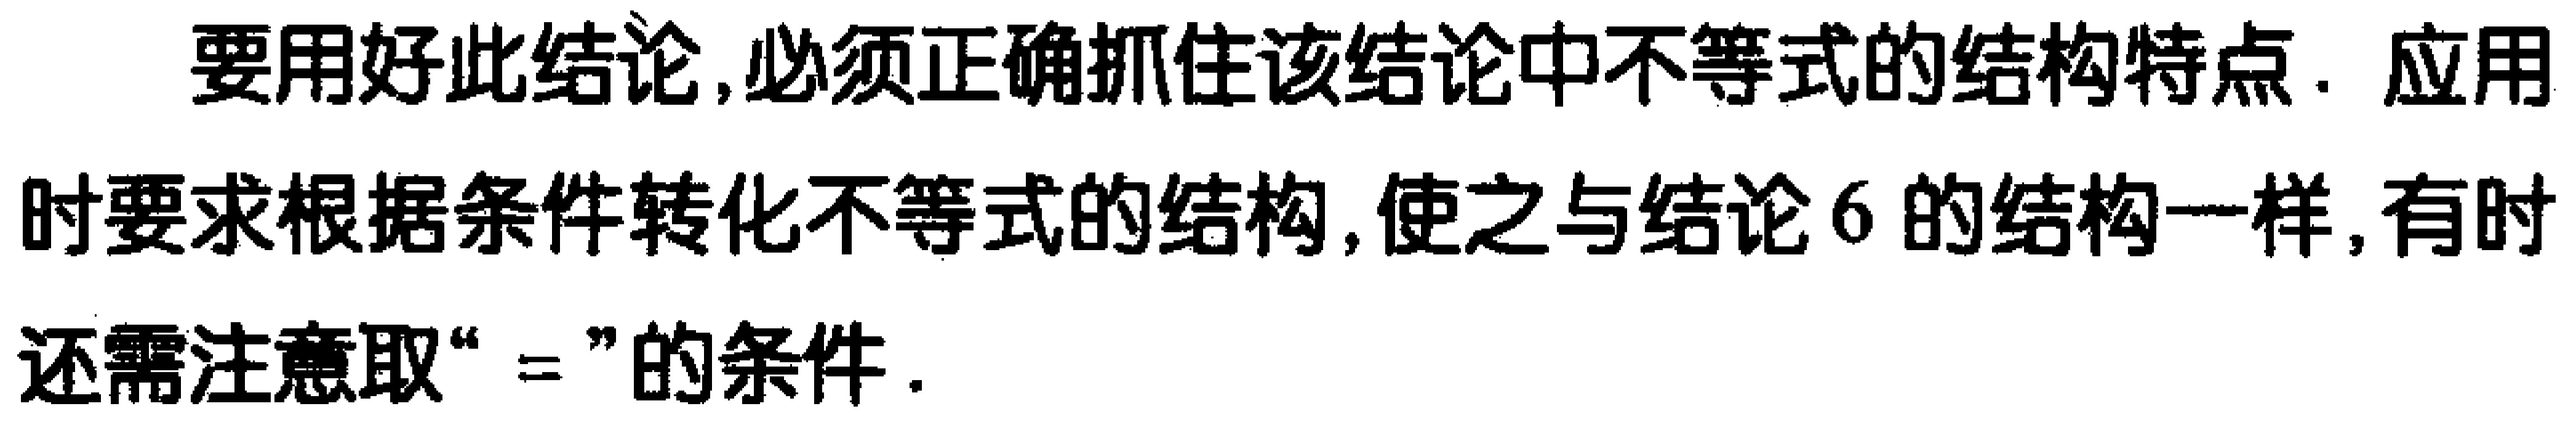
要 用 好 此 结 论 , 必 须 正 确 抓 住 该 结 论 中 不 等 式 的 结 构 特 点 . 应 用 时 要 求 根 据 条 件 转 化 不 等 式 的 结 构 , 使 之 与 结 论 6 的 结 构 一 样 , 有 时 还 需 注 意 取 “ $=$ ” 的 条 件 .